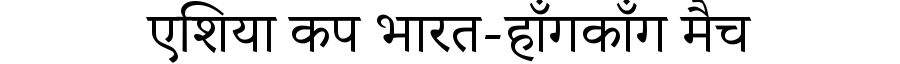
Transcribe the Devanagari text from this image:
एशिया कप भारत-हाँगकाँग मैच